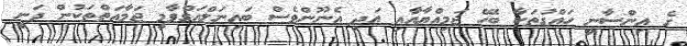
ގެ އިންސާނީ ހައްގުތަކާ ބެހޭ ޖަމިއްޔާއާއި އަދި އެނޫންވެސް ބައިނަލްއަގްވާމީ ޖަމާއަތްތަކުން ދަނީ